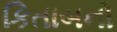
કિતાબનો